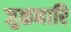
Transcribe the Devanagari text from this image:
जुळनारि